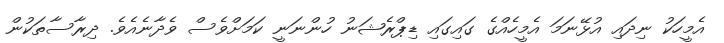
އެމީހަކު ނިދައި އުޅޭނަމަ އެމީހެއްގެ ގައިގައި ޑިޕްރެޝަނު ހުންނަނީ ކަމަށްވެސް ވެދާނެއެވެ. ދިރާސާތަކުން